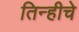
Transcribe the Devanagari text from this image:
तिन्हीचे